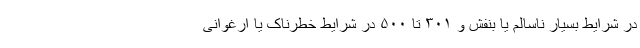
در شرایط بسیار ناسالم یا بنفش و ۳۰۱ تا ۵۰۰ در شرایط خطرناک یا ارغوانی